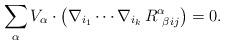
LaTeX: \begin{align*} \sum_\alpha V_\alpha\cdot\left(\nabla_{i_1}\cdots\nabla_{i_k}\, R^\alpha_{\ \beta ij}\right)=0. \end{align*}